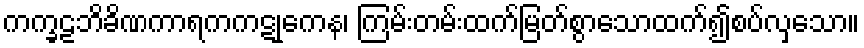
ကက္ခဠဘိခိဏကာရကကဋုကေန၊ ကြမ်းတမ်းထက်မြတ်စွာသောထက်၍စပ်လှသော။